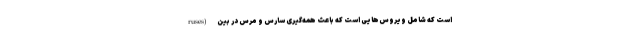
ruses) است که شامل ویروس‌هایی است که باعث همه‌گیری سارس و مرس در بین